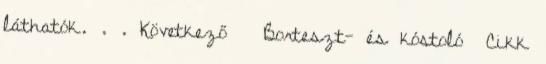
láthatók. . . Következő » Borteszt- és kóstoló» Cikk